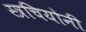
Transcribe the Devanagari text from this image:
स्त्रचियोनी